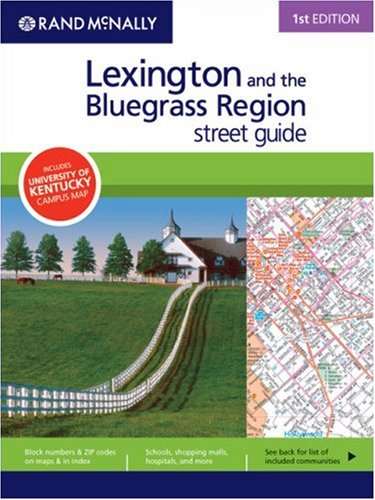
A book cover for Rand McNally 1st Edition Lexington and the Bluegrass Region street guide; Rand McNally; Travel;